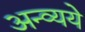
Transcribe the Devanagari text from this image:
अन्व्यये